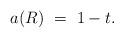
LaTeX: \begin{align*}a(R)\ =\ 1-t.\end{align*}